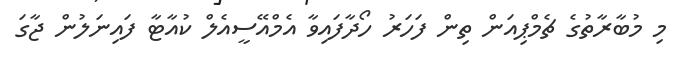
މި މުބާރާތުގެ ޗެމްޕިއަން ތިން ފަހަރު ހޯދާފައިވާ އެމްއޭސީއެލް ކުއާޓާ ފައިނަލުން ޖާގަ